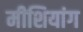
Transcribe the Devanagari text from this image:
मीशियांग